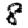
Digit: 8